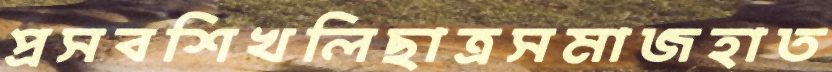
প্রসবশিখলিছাত্রসমাজহাত